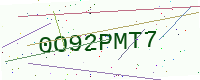
Text: 0O92PMT7